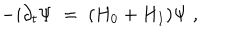
LaTeX: - i \partial _ { t } \Psi \; = \; ( H _ { 0 } + H _ { I } ) \Psi \; ,